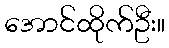
အောင်ထိုက်ဦး။